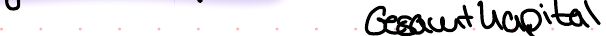
Gesamtkapital